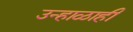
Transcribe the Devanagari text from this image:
उन्हाळाही